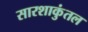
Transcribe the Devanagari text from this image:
सारशाकुंतल